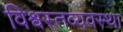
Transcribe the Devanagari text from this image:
विश्वस्तव्यवस्था